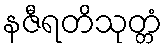
နဇီရတိသုတ္တံ